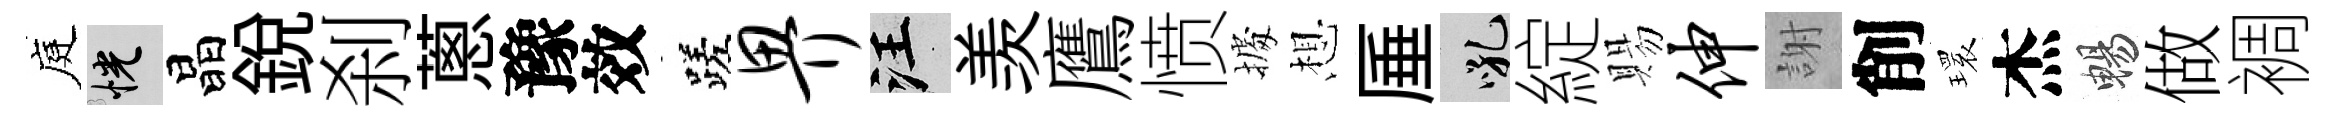
庭恍晶銳刹蔥豫效蹉畀汪羡鷹愤𢴃想厜吼綻賜伸謝削𤨔杰暢做裯